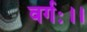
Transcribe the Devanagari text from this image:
वर्गः।।